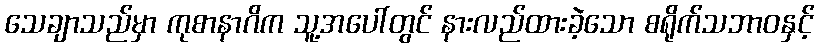
သေချာသည်မှာ ကုစာနာဂိက သူ့အပေါ်တွင် နားလည်ထားခဲ့သော စရိုက်သဘာဝနှင့်